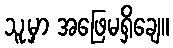
သူ့မှာ အဖြေမရှိချေ။